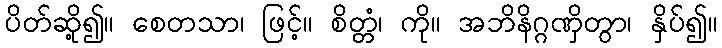
ပိတ်ဆို့၍။ စေတသာ၊ ဖြင့်။ စိတ္တံ၊ ကို။ အဘိနိဂ္ဂဏှိတွာ၊ နှိပ်၍။